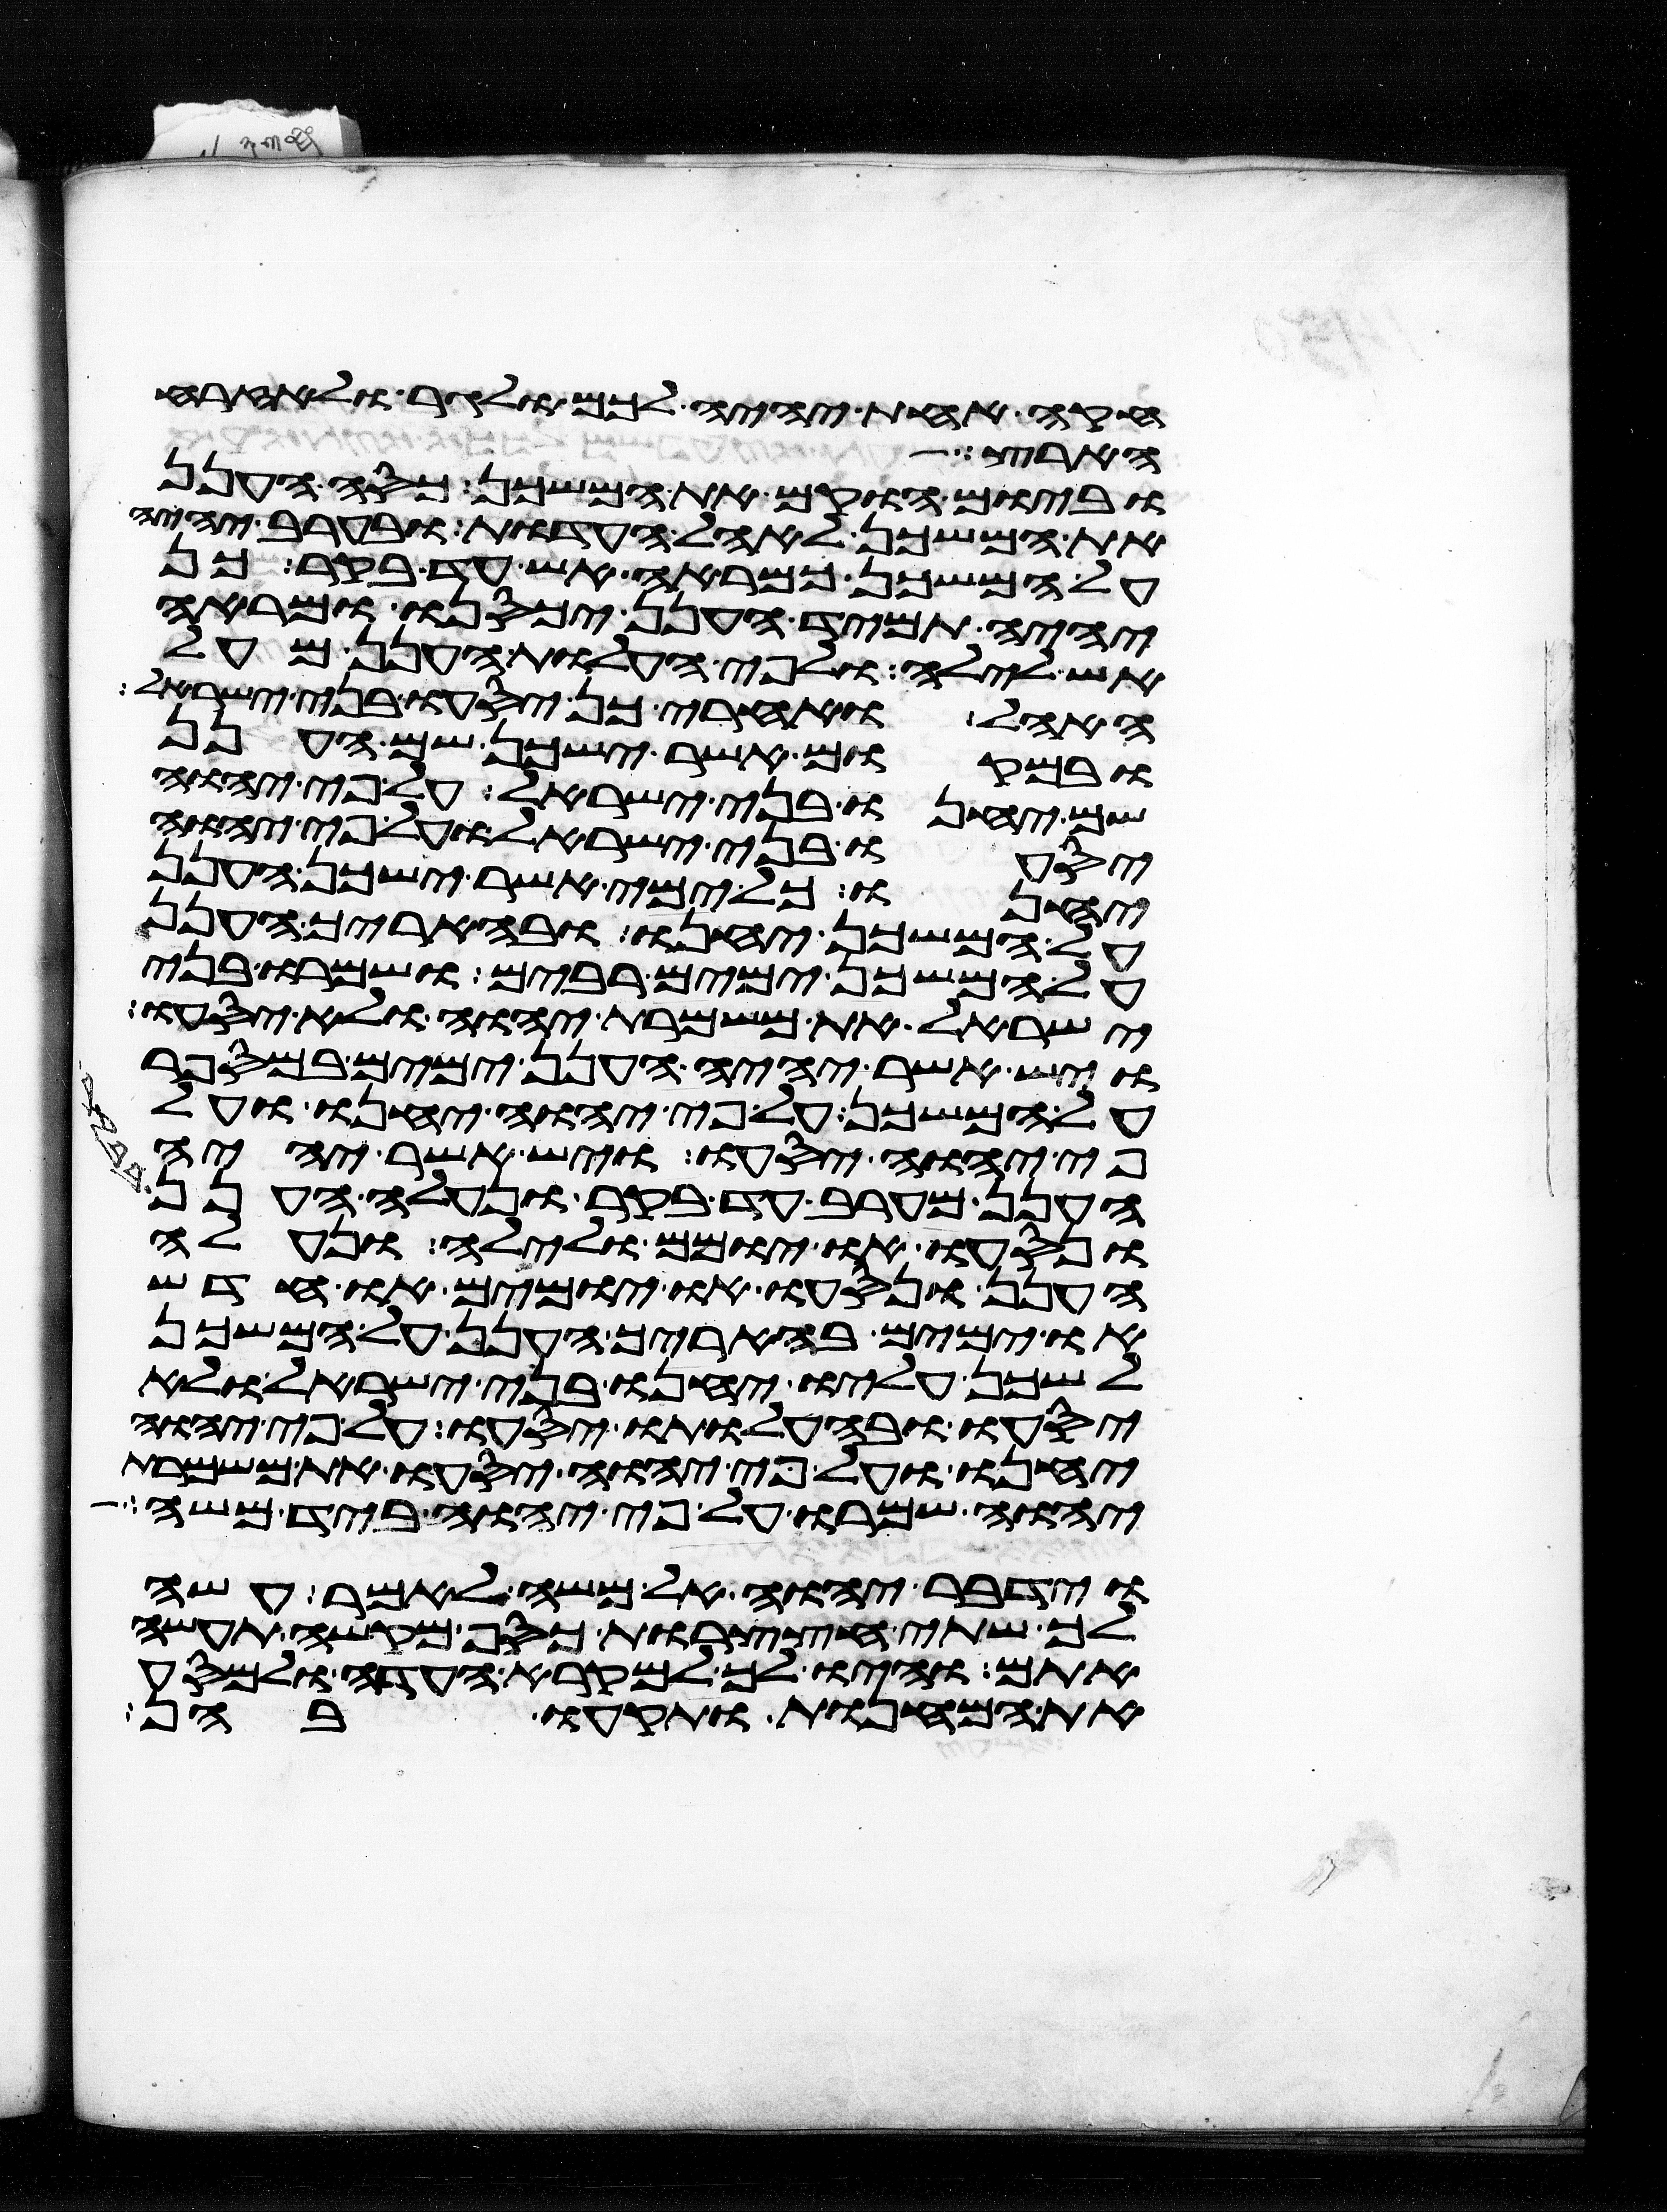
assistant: חקה אחת יהיה לכם ולגר ולאזרח
הארצות
וביום הוקם את המשכן כסה הענן
את המשכן לאהל העדות ובערב יהיה
על המשכן כמראה אש עד בקר כן
יהיה תמיד הענן יכסנו ומראה
אש לילה ולפי העלות הענן מעל
האהל ואחרי כן יסעו בני ישראל
ובמקום אשר ישכן שם הענן
שם יחנו בני ישראל על פי יהוה
יסעו בני ישראל ועל פי יהוה
יחנו כל ימי אשר ישכן הענן
על המשכן יחנו ובהאריך הענן
על המשכן ימים רבים ושמרו בני
ישראל את משמרת יהוה ולא יסעו
ויש אשר יהיה הענן ימים במספר
על המשכן על פי יהוה יחנו ועל
פי יהוה יסעו ויש אשר יהיה
הענן מערב עד בקר ונעלה הענן
ונסעו או יומם ולילה ונעלה
הענן ונסעו או יומים או חדש
או ימים בהאריך הענן על המשכן
לשכן עליו יחנו בני ישראל ולא
יסעו ובהעלותו יסעו על פי יהוה
יחנו ועל פי יהוה יסעו את משמרת
יהוה שמרו על פי יהוה ביד משה
וידבר יהוה אל משה לאמר עשה
לך שתי חצצרות כסף מקשה תעשה
אתם והיו לך למקרא העדה ולמסע
את המחנות ותקעו בהן